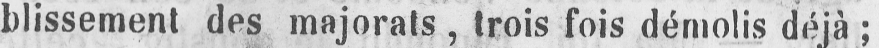
blissement des majorais, trois fois démolis déjà;